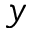
y